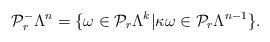
LaTeX: \begin{align*} \mathcal{P}_r^{-}\Lambda^n=\{\omega \in \mathcal{P}_r\Lambda^k|\kappa \omega\in \mathcal{P}_{r}\Lambda^{n-1}\}.\end{align*}